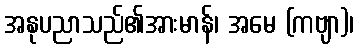
အနုပညာသည်၏အားမာန်၊ အမေ (ကဗျာ)၊